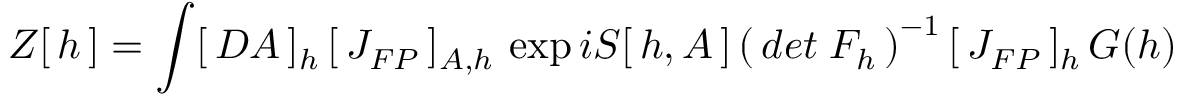
Z [ \, h \, ] = \int [ \, { \cal D } A \, ] _ { h } \, [ \, J _ { F P } \, ] _ { A , h } \, \exp i S [ \, h , A \, ] \left( \, d e t \; F _ { h } \, \right) ^ { - 1 } [ \, J _ { F P } \, ] _ { h } \, G ( h ) \,